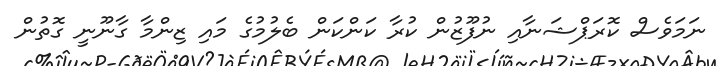
ނަމަވެސް ކޮރަޕްޝަނާއި ނުފޫޒުން ކުރާ ކަންކަން ބެލުމުގެ މައި ޒިންމާ ގާނޫނީ ގޮތުން